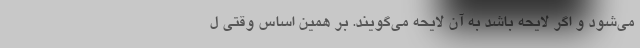
می‌شود و اگر لایحه باشد به آن لایحه می‌گویند. بر همین اساس وقتی ل